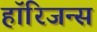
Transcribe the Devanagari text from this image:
हॉरिजन्स